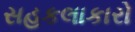
સહકલાકારો